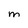
Character: m